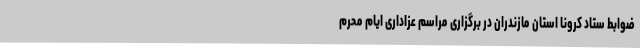
ضوابط ستاد کرونا استان مازندران در برگزاری مراسم عزاداری ایام محرم